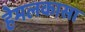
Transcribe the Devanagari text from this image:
हेमलकासा